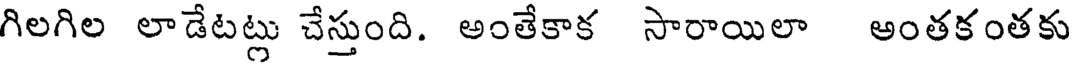
గిలగిల లాడేటట్లు చేస్తుంది. అంతేకాక సారాయిలా అంతకంతకు